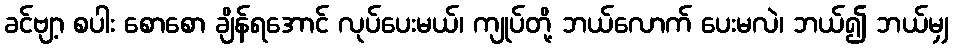
ခင်ဗျာ့ စပါး စောစော ချိန်ရအောင် လုပ်ပေးမယ်၊ ကျုပ်တို့ ဘယ်လောက် ပေးမလဲ၊ ဘယ်၍ ဘယ်မျှ